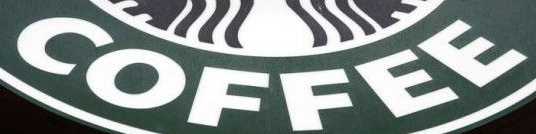
COFFEE